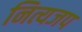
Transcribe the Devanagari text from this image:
नित्यजप